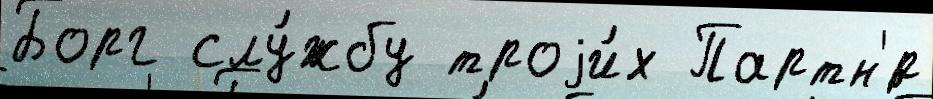
Борг слу́жбу троjи́х Партн'́р